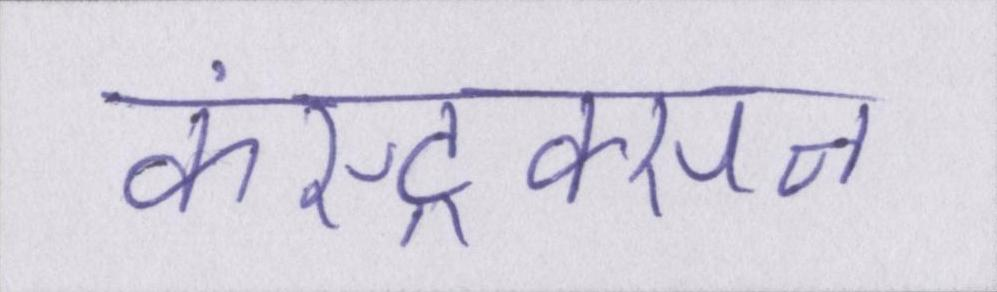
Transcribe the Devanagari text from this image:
कंस्ट्रक्सन